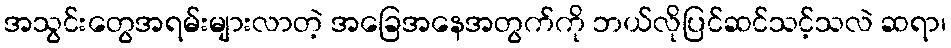
အသွင်းတွေအရမ်းများလာတဲ့ အခြေအနေအတွက်ကို ဘယ်လိုပြင်ဆင်သင့်သလဲ ဆရာ၊